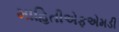
માહિતીએફએમડી